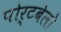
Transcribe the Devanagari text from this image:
पोर्टबेलो